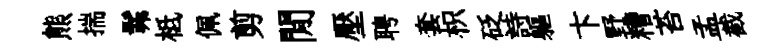
熊揣髴柢佩剪閒壓聘套枳砭詩軀卞野糟苔孟截